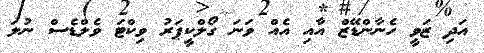
އަދި ޒަވީ ހެނާންޑޭޒް އާއި އެއް ވަނަ ގޯލްކީޕަރު ވިކްޓަ ވެލްޑެސް ނުލަ